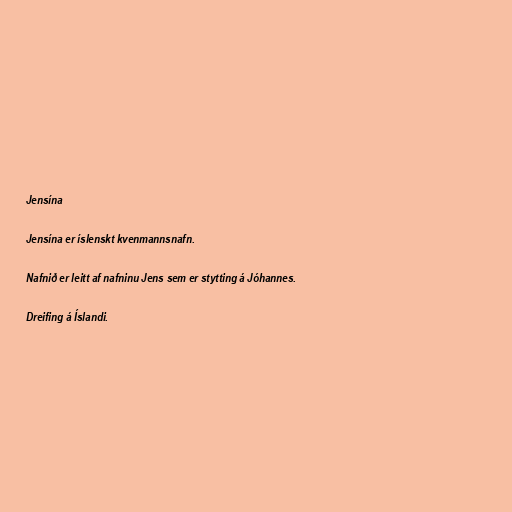
Jensína

Jensína er íslenskt kvenmannsnafn.

Nafnið er leitt af nafninu Jens sem er stytting á Jóhannes.

Dreifing á Íslandi.